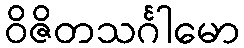
ဝိဇိတသင်္ဂါမော